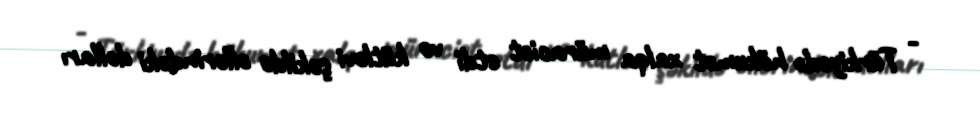
- Türkiyədə hökumət xalqa müraciət etdi və kütləvi şəkildə əllərindəki dolları